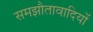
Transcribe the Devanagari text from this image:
समझौतावादियों